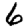
Digit: 6